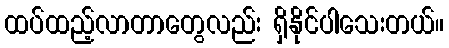
ထပ်ထည့်လာတာတွေလည်း ရှိနိုင်ပါသေးတယ်။